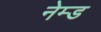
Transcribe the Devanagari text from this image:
नेम्‍ड